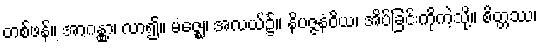
တစ်ဖန်။ အာဂန္တွာ၊ လာ၍။ မဇ္ဈေ၊ အလယ်၌။ နိပဇ္ဇနံဝိယ၊ အိပ်ခြင်းကိုကဲ့သို့။ စိတ္တဿ၊